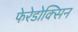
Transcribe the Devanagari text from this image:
फेरेडोक्सिन